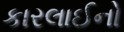
કારલાઈનો